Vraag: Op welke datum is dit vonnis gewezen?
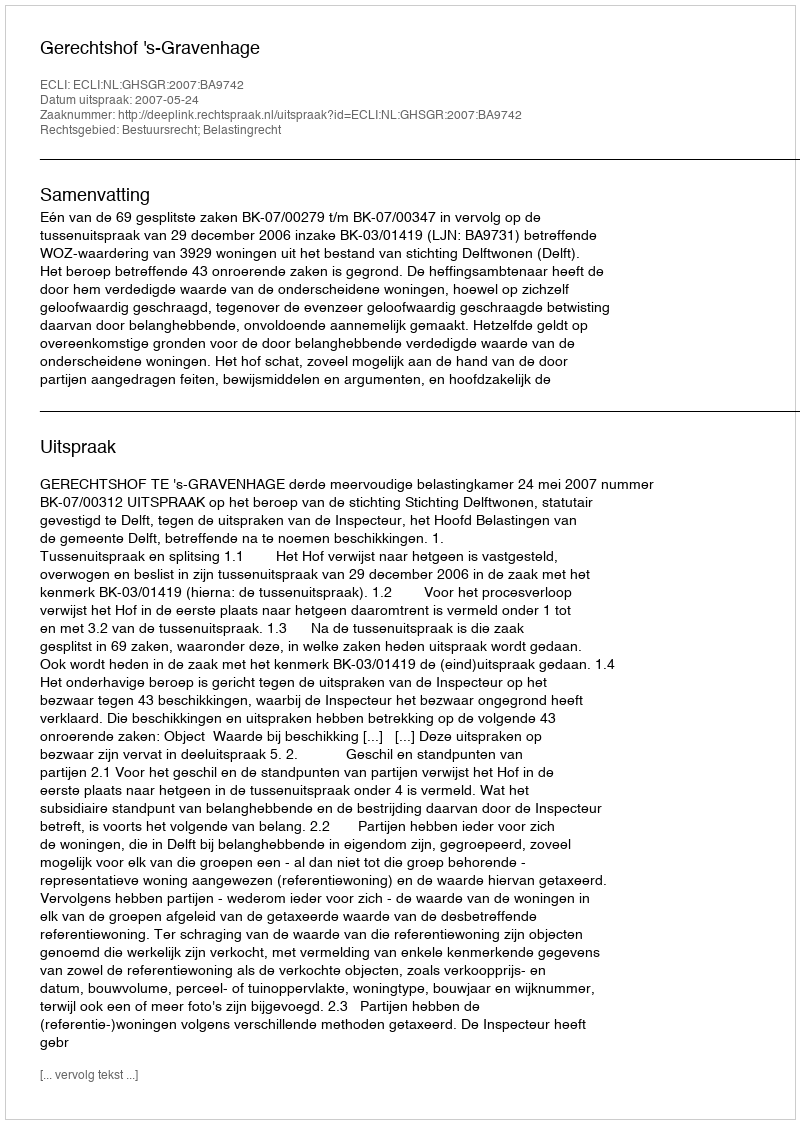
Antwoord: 2007-05-24